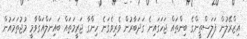
އިޒްރޭލުން ފަލަސްތީންގެ ބިންތައް ޖަހަގައިނެ ގަދަބާރުން ވެރިވެގަނެ ހިންގާ ޖަރީމަތައް ބައިނަލްއަގްވާމީ މުޖުތަމައުން